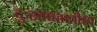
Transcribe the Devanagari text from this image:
दुःस्वप्नातील